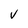
Character: V